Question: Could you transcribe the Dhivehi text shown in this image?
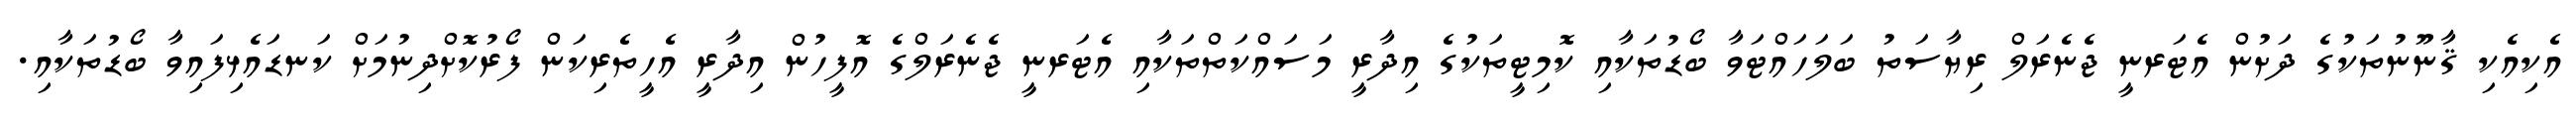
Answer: އެކިއެކި ޤާނޫނުތަކުގެ ދަށުން އެޓަރނީ ޖެނެރަލް ރިޔާސަތު ބަލަހައްޓަވާ ބޯޑުތަކާއި ކޮމިޓީތަކުގެ އިދާރީ މަސައްކަތްތަކާއި އެޓަރނީ ޖެނެރަލްގެ އޮފީހުން އިދާރީ އެހީތެރިކަން ފޯރުކޮށްދިނުމަށް ކަނޑައެޅިފައިވާ ބޯޑުތަކާއި.